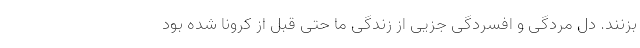
بزنند. دل مردگی و افسردگی جزیی از زندگی ما حتی قبل از کرونا شده بود